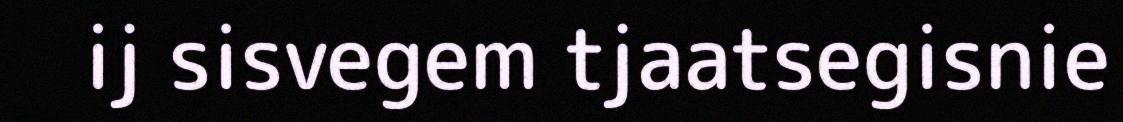
ij sisvegem tjaatsegisnie